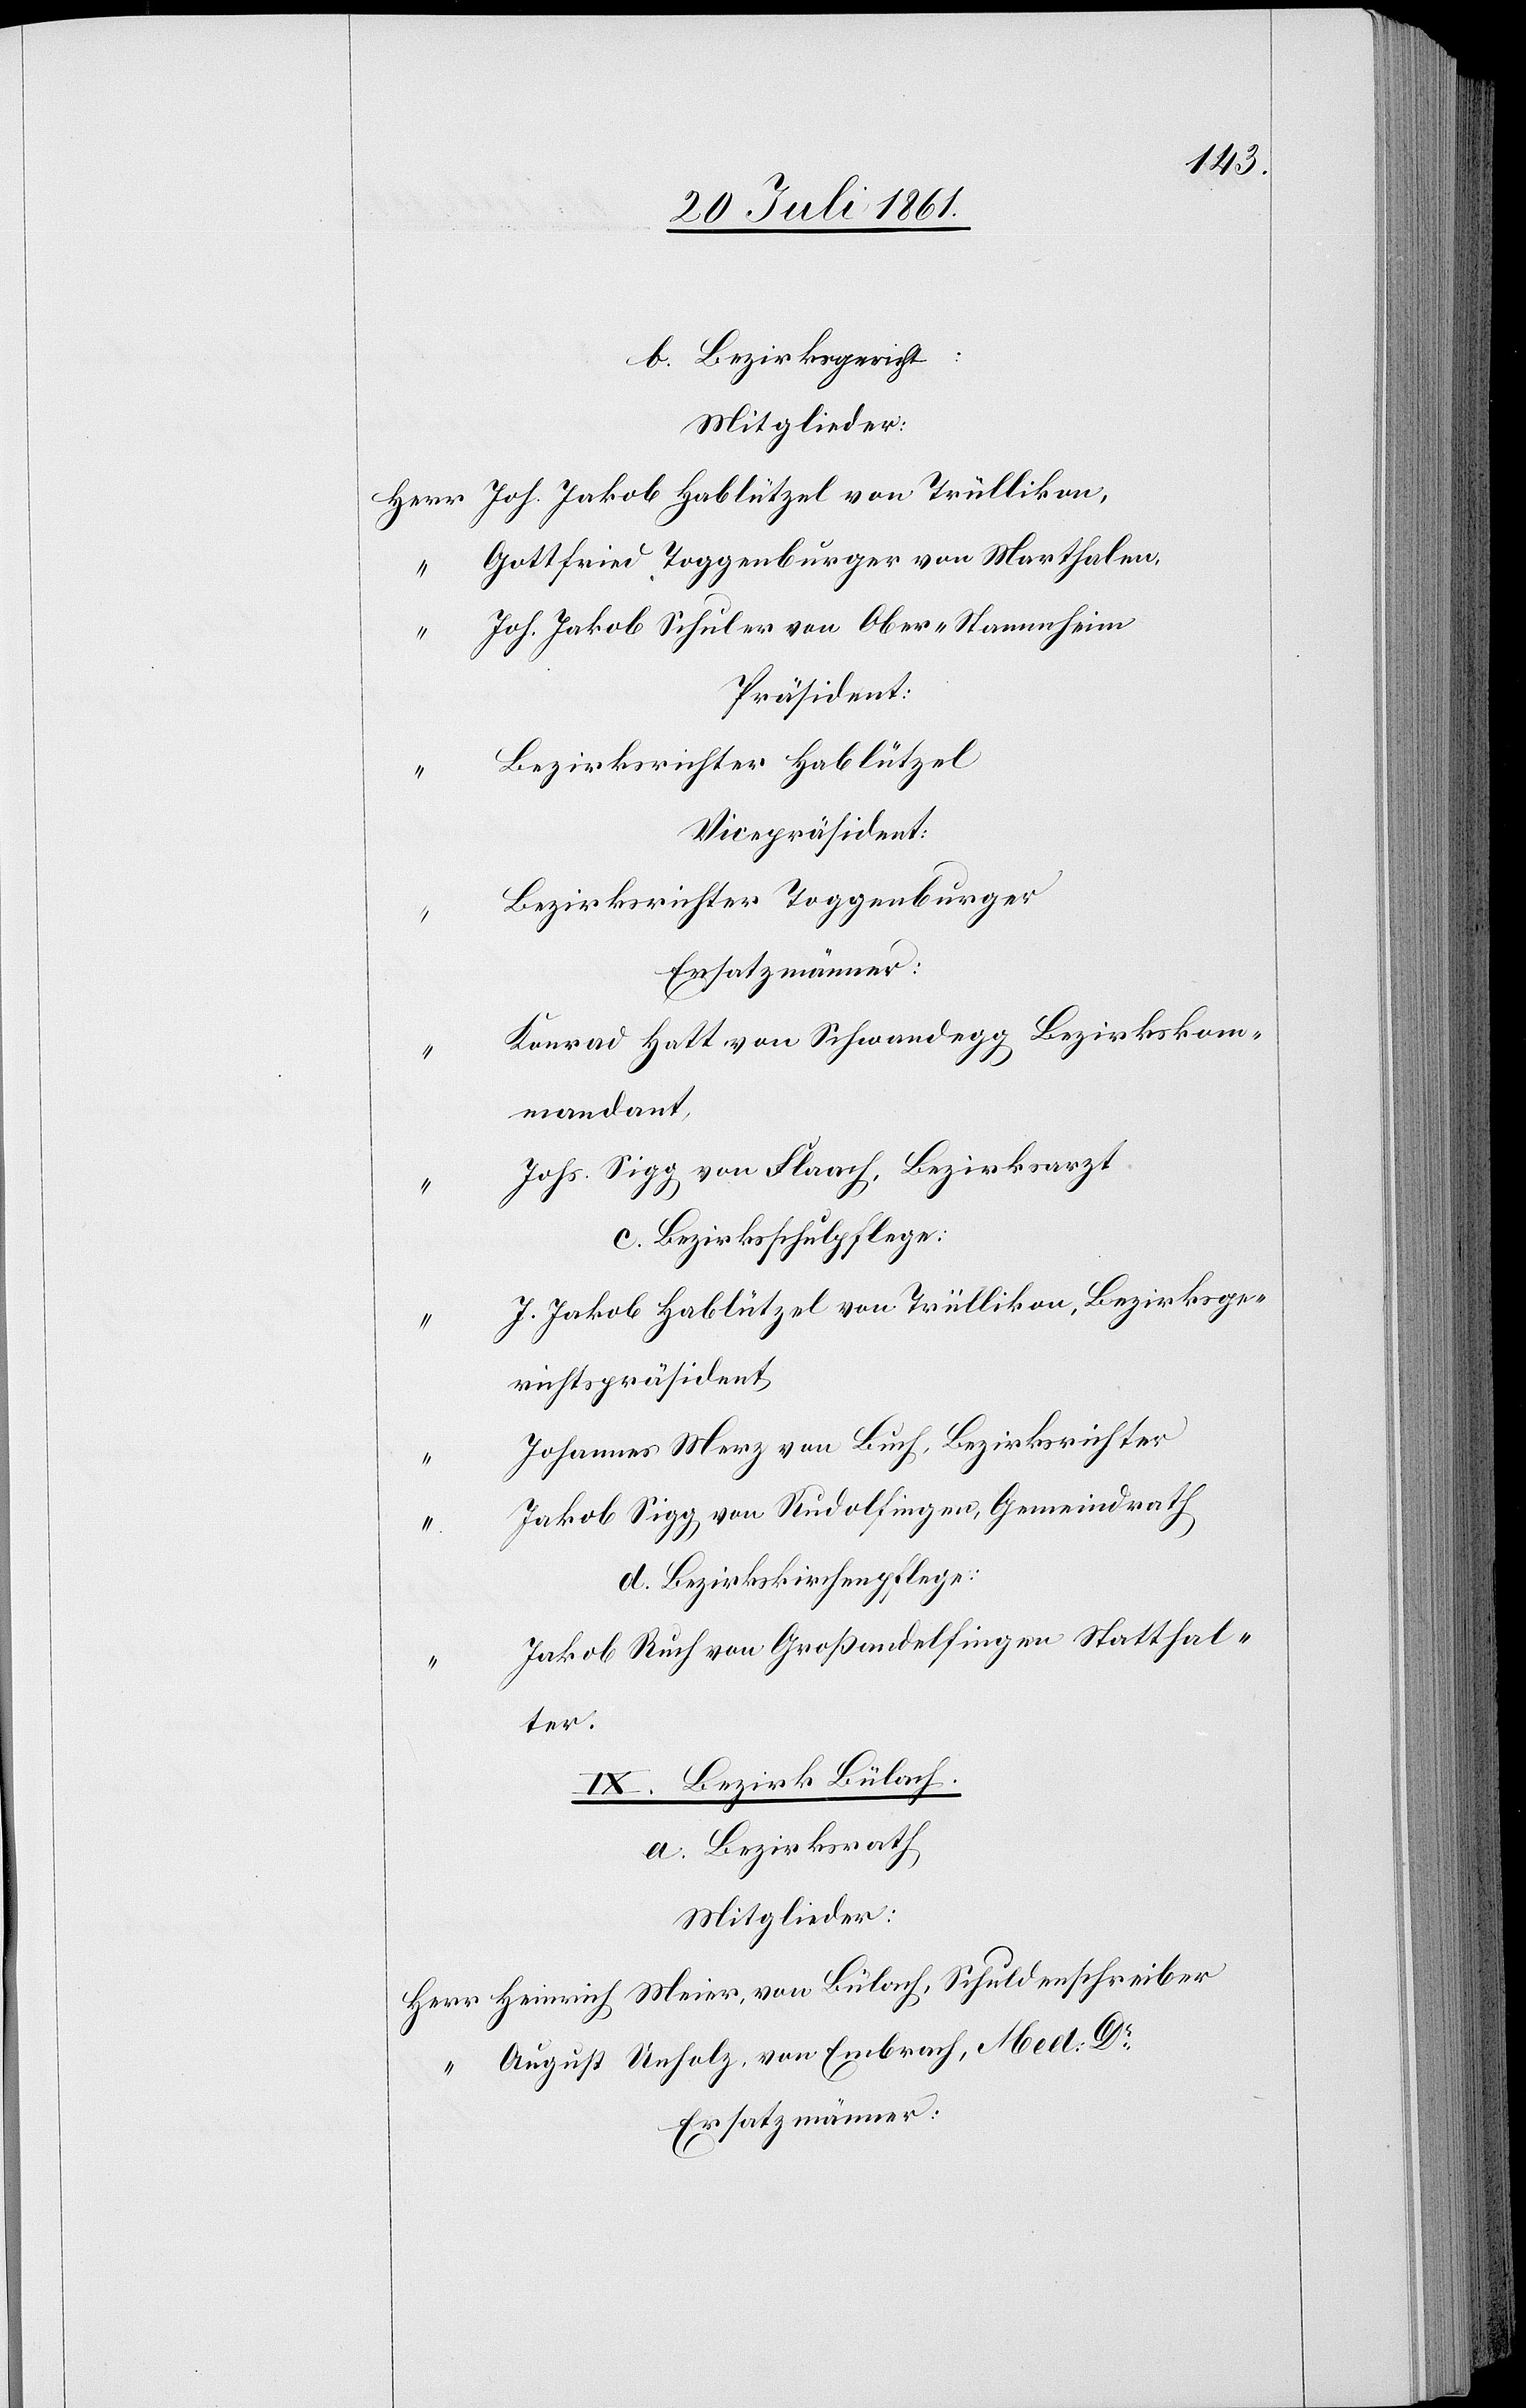
b. Bezirksgericht:
Mitglieder:
Herr Jos. Jakob Hablützel von Trüllikon,
Gottfried, Toggenburger von Marthalen
“	 Joh. Jakob Schuler von Ober-Stammheim
Präsident:
Bezirksrichter Hablützel
Vicepräsident:
Bezirksrichter Toggenburger
Ersatzmänner:
Konrad Hatt von Schwandegg Bezirkskom¬
mandant,
Johs. Sigg von Flaach, Bezirksarzt.
c. Bezirksschulpflege:
J. Jakob Hablützel von Trüllikon, Bezirksge¬
richtspräsident
Johannes Merz von Buch, Bezirksrichter
Jakob Sigg, von Rudolfingen, Gemeindrath
d. Bezirkskirchenpflege:
Jakob Ruch von Großandelfingen Statthal¬
ter.
IX. Bezirk Bülach.
a. Bezirksrath
Mitglieder:
Herr Heinrich Meier, von Bülach, Schuldenschreiber
August Unholz, von Embrach, Med Dr.